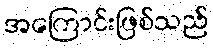
အကြောင်းဖြစ်သည်